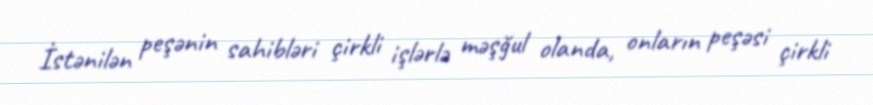
İstənilən peşənin sahibləri çirkli işlərlə məşğul olanda, onların peşəsi çirkli